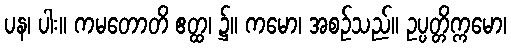
ပန၊ ပါး။ ကမတောတိ ဧတ္ထ၊ ၌။ ကမော၊ အစဉ်သည်။ ဥပ္ပတ္တိက္ကမော၊